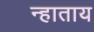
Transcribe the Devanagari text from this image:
न्हाताय